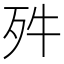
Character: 𣧘